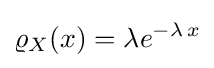
\varrho _{X}(x)=\lambda e^{-\lambda \,x}